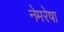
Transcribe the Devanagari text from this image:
नेमरेषा